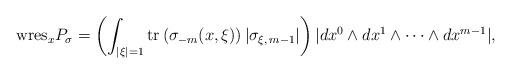
LaTeX: \begin{align*} \textnormal{wres}_x P_\sigma = \left ( \int_{|\xi |=1} \textrm{tr} \left (\sigma_{-m}(x, \xi) \right ) |\sigma_{\xi, \, m-1} | \right ) |dx^0 \wedge dx^1 \wedge \cdots \wedge dx^{m-1}|, \end{align*}